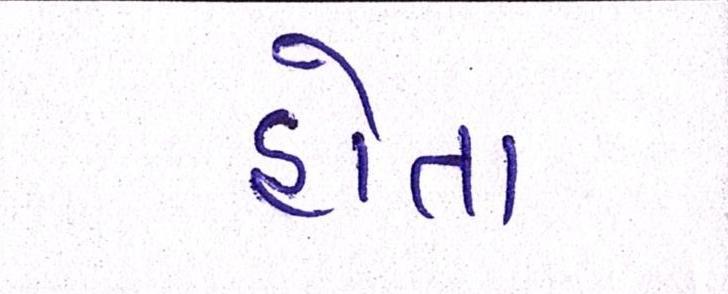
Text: હોતા